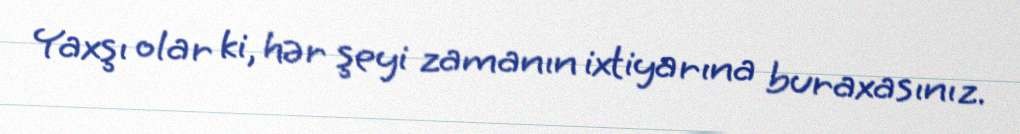
Yaxşı olar ki, hər şeyi zamanın ixtiyarına buraxasınız.